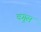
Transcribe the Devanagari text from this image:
वगुस